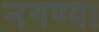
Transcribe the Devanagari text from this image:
नगण्य।